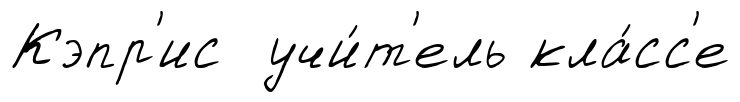
Кэпр'ис учи́т'ель кла́сс'е